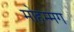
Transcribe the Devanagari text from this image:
मोहम्मग